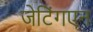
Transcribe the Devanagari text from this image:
जेटिंगएन